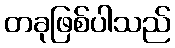
တခုဖြစ်ပါသည်